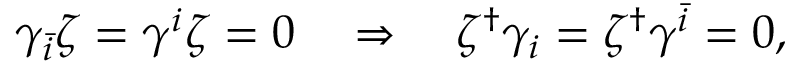
\gamma _ { \bar { i } } \zeta = \gamma ^ { i } \zeta = 0 \quad \Rightarrow \quad \zeta ^ { \dag } \gamma _ { i } = \zeta ^ { \dag } \gamma ^ { \bar { i } } = 0 ,